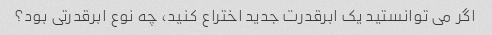
اگر می توانستید یک ابرقدرت جدید اختراع کنید، چه نوع ابرقدرتی بود؟